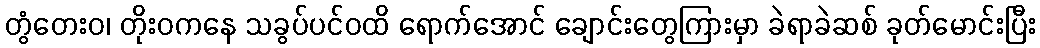
တွံတေးဝ၊ တိုးဝကနေ သခွပ်ပင်ဝထိ ရောက်အောင် ချောင်းတွေကြားမှာ ခဲရာခဲဆစ် ခုတ်မောင်းပြီး